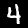
Label: 4